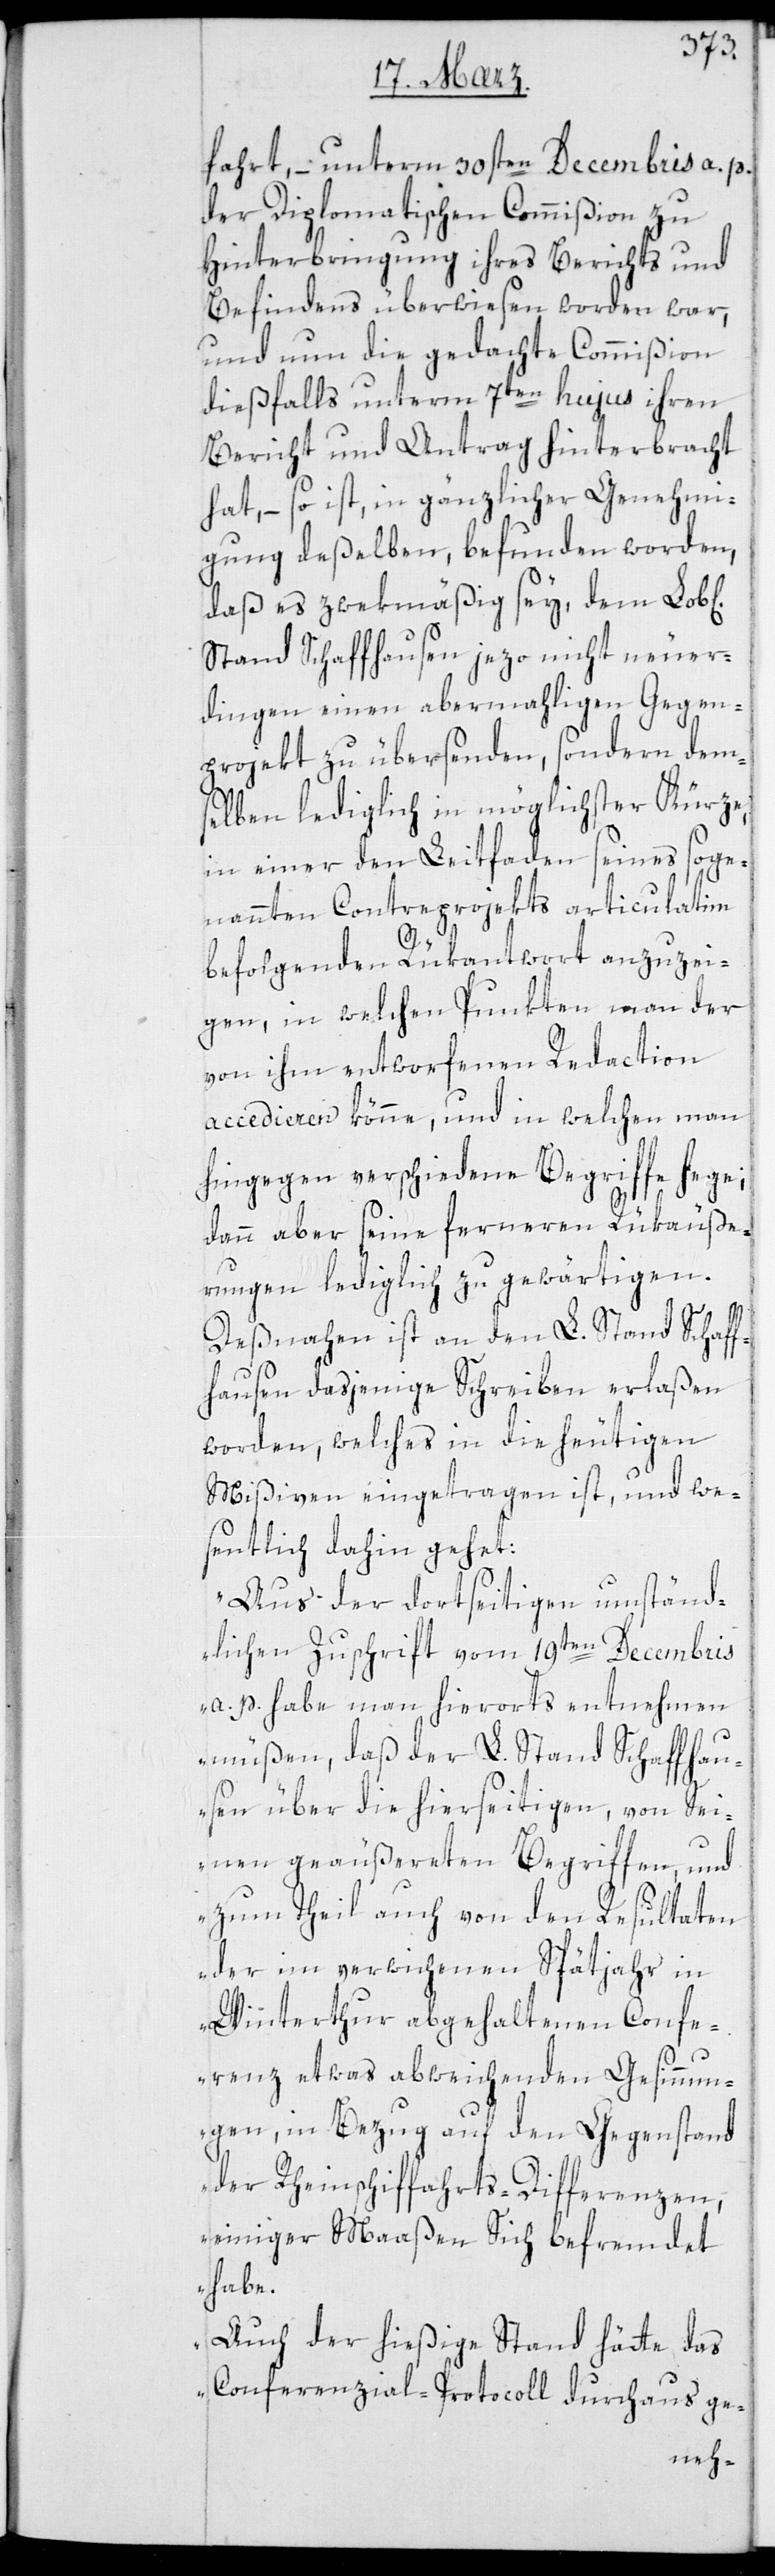
fahrt, – unterm 30sten Decembris a. p.
der Diplomatischen Commißion zu
Hinterbringung ihres Berichts und
Befindens überwiesen worden war,
und nun die gedachte Commißion
diesfalls unterm 7ten hujus ihren
Bericht und Antrag hinterbracht
hat, – so ist, in gänzlicher Genehmi¬
gung deßelben, befunden worden,
daß es zweckmäßig sey, dem Lob[l¬
Stand Schaffhausen jetzo nicht neuer¬
dingen einen abermahligen Gegen¬
projekt zu übersenden, sondern dem¬
selben lediglich in möglichster Kürze,
in einer den Leitfaden seines soge¬
nannten Contreprojekts articulatim
ichen]
befolgenden Rükantwort anzuzei¬
gen, in welchen Punkten man der
von ihm entworfenen Redaction
accedieren könne, und in welchen man
hingegen verschiedene Begriffe hege;
dann aber seine ferneren Rükäuße¬
rungen lediglich zu gewärtigen.
Desnahnen ist an den L. Stand Schaf¬
fhausen dasjenige Schreiben erlaßen
worden, welches in die heutigen
Mißiven eingetragen ist, und we¬
sentlich dahin gehet:
„Aus der dortseitigen umständ¬
lichen Zuschrift vom 19ten Decembris
a. p. habe man hierorts entnehmen
müßen, daß der L. Stand Schaffhau¬
sen über die hierseitigen, von Sei¬
nen geäußerten Begriffen, und
zum Theil auch von den Resultaten
der im verwichenen Spätjahr in
Winterthur abgehaltenen Confe¬
renz etwas abweichenden Gesinnun¬
gen, in Beug auf den Gegenstand
der Rheinschiffahrts-Differenzen,
einiger Maßen sich befremdet
habe.
Auch der hießige Stand hätte das
Conferenzial-Protocoll durchaus ge-